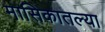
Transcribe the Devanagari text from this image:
मासिकातल्या